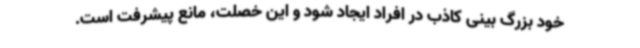
خود بزرگ بینی کاذب در افراد ایجاد شود و این خصلت، مانع پیشرفت است.